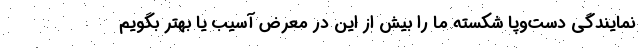
نمایندگی دست‌و‌پا شکسته ما را بیش از این در معرض آسیب یا بهتر بگویم